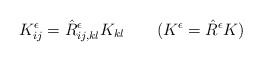
\begin{align*}K_{ij}^{\epsilon} = \hat{R}^{\epsilon}_{ij,kl} K_{kl} \quad \quad(K^{\epsilon} = \hat{R}^{\epsilon} K)\end{align*}